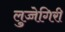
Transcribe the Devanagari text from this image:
लुच्चेगिरी